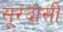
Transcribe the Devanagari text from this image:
सूरदासी